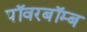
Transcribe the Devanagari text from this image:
पॉवरबॉम्ब